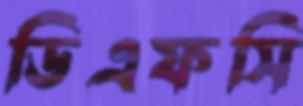
ডিএফসি